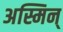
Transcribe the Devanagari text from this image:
अस्मिन्